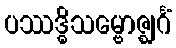
ပဿဒ္ဓိသမ္ဗောဇ္ဈင်္ဂံ